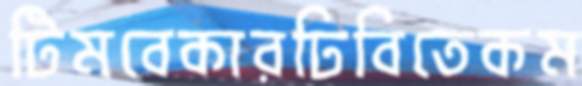
টিমবেকারঢিবিতেকম